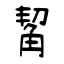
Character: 觢